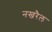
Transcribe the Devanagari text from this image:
नखरैल